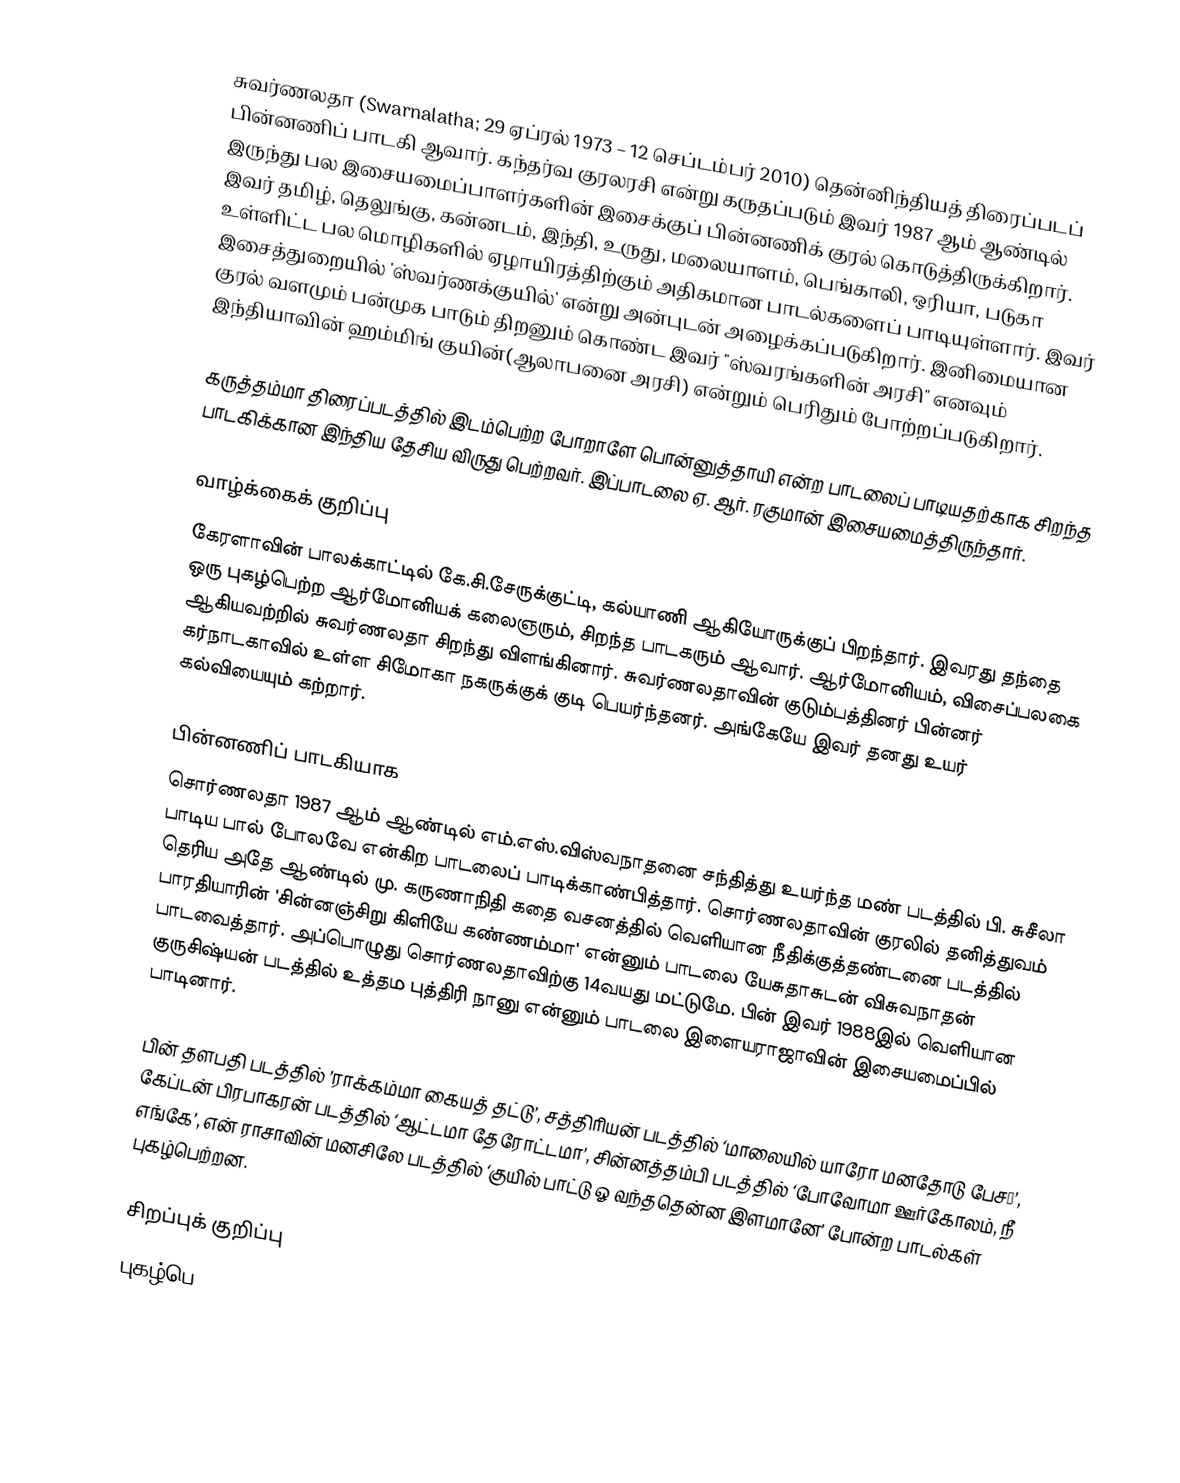
சுவர்ணலதா (Swarnalatha; 29 ஏப்ரல் 1973 – 12 செப்டம்பர் 2010) தென்னிந்தியத் திரைப்படப் பின்னணிப் பாடகி ஆவார். கந்தர்வ குரலரசி என்று கருதப்படும் இவர் 1987 ஆம் ஆண்டில் இருந்து பல இசையமைப்பாளர்களின் இசைக்குப் பின்னணிக் குரல் கொடுத்திருக்கிறார். இவர் தமிழ், தெலுங்கு, கன்னடம், இந்தி, உருது, மலையாளம், பெங்காலி, ஒரியா, படுகா உள்ளிட்ட பல மொழிகளில் ஏழாயிரத்திற்கும் அதிகமான பாடல்களைப் பாடியுள்ளார். இவர் இசைத்துறையில் 'ஸ்வர்ணக்குயில்' என்று அன்புடன் அழைக்கப்படுகிறார். இனிமையான குரல் வளமும் பன்முக பாடும் திறனும் கொண்ட இவர் "ஸ்வரங்களின் அரசி"  எனவும் இந்தியாவின் ஹம்மிங் குயின்(ஆலாபனை அரசி)  என்றும் பெரிதும் போற்றப்படுகிறார்.

கருத்தம்மா திரைப்படத்தில் இடம்பெற்ற போறாளே பொன்னுத்தாயி என்ற பாடலைப் பாடியதற்காக சிறந்த பாடகிக்கான இந்திய தேசிய விருது பெற்றவர். இப்பாடலை ஏ. ஆர். ரகுமான் இசையமைத்திருந்தார்.

வாழ்க்கைக் குறிப்பு
கேரளாவின் பாலக்காட்டில் கே.சி.சேருக்குட்டி, கல்யாணி ஆகியோருக்குப் பிறந்தார். இவரது தந்தை ஒரு புகழ்பெற்ற ஆர்மோனியக் கலைஞரும், சிறந்த பாடகரும் ஆவார். ஆர்மோனியம், விசைப்பலகை ஆகியவற்றில் சுவர்ணலதா சிறந்து விளங்கினார். சுவர்ணலதாவின் குடும்பத்தினர் பின்னர் கர்நாடகாவில் உள்ள சிமோகா நகருக்குக் குடி பெயர்ந்தனர். அங்கேயே இவர் தனது உயர் கல்வியையும் கற்றார்.

பின்னணிப் பாடகியாக
சொர்ணலதா 1987 ஆம் ஆண்டில் எம்.எஸ்.விஸ்வநாதனை சந்தித்து உயர்ந்த மண் படத்தில் பி. சுசீலா பாடிய பால் போலவே என்கிற பாடலைப் பாடிக்காண்பித்தார். சொர்ணலதாவின் குரலில் தனித்துவம் தெரிய அதே ஆண்டில் மு. கருணாநிதி கதை வசனத்தில் வெளியான நீதிக்குத்தண்டனை படத்தில் பாரதியாரின் 'சின்னஞ்சிறு கிளியே கண்ணம்மா' என்னும் பாடலை யேசுதாசுடன் விசுவநாதன் பாடவைத்தார். அப்பொழுது சொர்ணலதாவிற்கு 14வயது மட்டுமே. பின் இவர் 1988இல் வெளியான குருசிஷ்யன் படத்தில் உத்தம புத்திரி நானு என்னும் பாடலை இளையராஜாவின் இசையமைப்பில் பாடினார்.

பின் தளபதி படத்தில் ’ராக்கம்மா கையத் தட்டு’, சத்திரியன் படத்தில் ‘மாலையில் யாரோ மனதோடு பேச…’, கேப்டன் பிரபாகரன் படத்தில் ‘ஆட்டமா தேரோட்டமா’, சின்னத்தம்பி படத்தில் ‘போவோமா ஊர்கோலம், நீ எங்கே’, என் ராசாவின் மனசிலே படத்தில் ‘குயில் பாட்டு ஓ வந்ததென்ன இளமானே’ போன்ற பாடல்கள் புகழ்பெற்றன.

சிறப்புக் குறிப்பு
புகழ்பெ